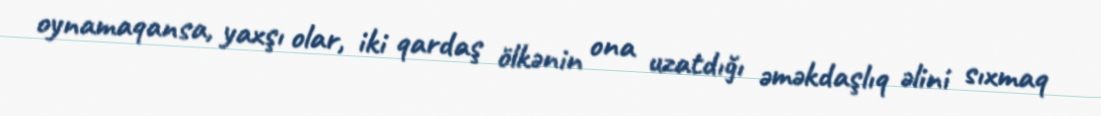
oynamaqansa, yaxşı olar, iki qardaş ölkənin ona uzatdığı əməkdaşlıq əlini sıxmaq